Calcutta medical institutions reports 1892-1900
Year: 1892
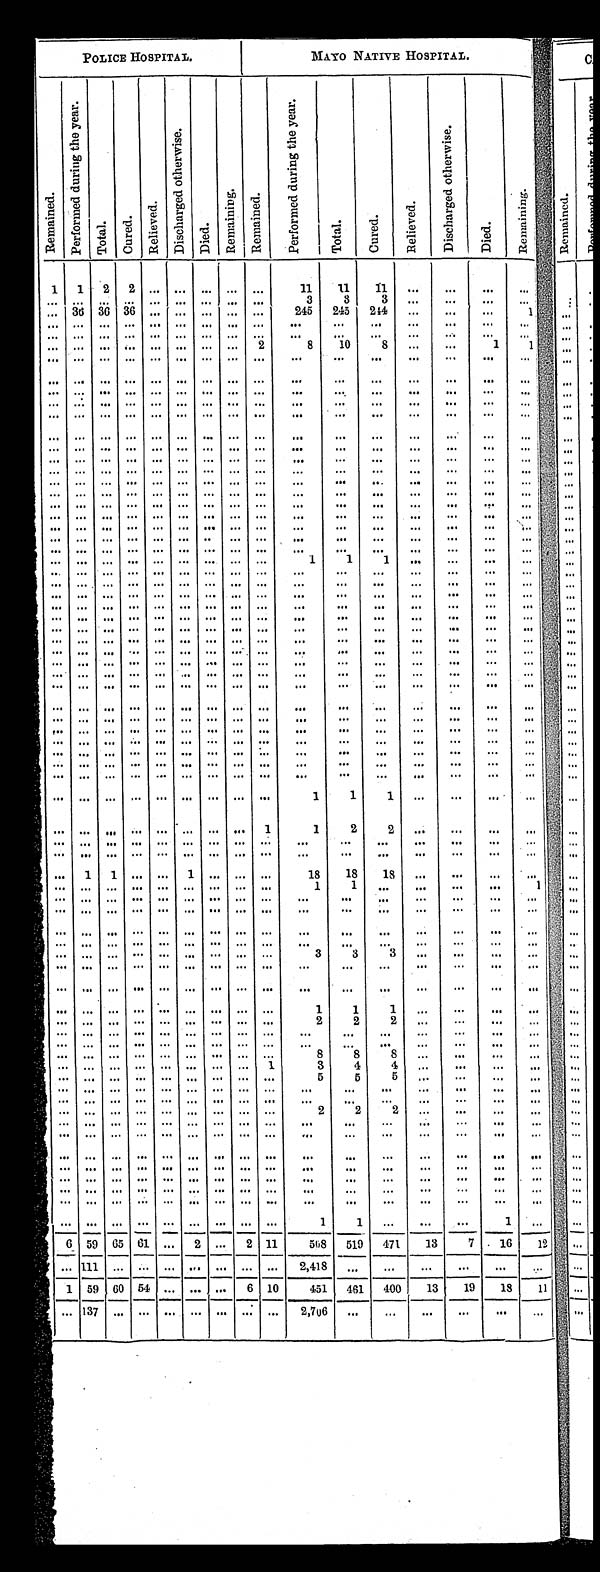
POLICE HOSPITAL.
M A Y O N A T I V E 4 H O S P I T A L .
R e m a i n e d .
P e r f o r m e d d u r i n g t h e y e a r .
T o t a l . C u r e d .
R e l i e v e d .
D i s c h a r e g e d o t h e r r w i s e .
D i e d .
R e m a i n i n g . R e m a i n e d .
P e r f o r m e d d u r i n g t h e y e a r .
T o t a l .
C u r e d .
R e l i e v e d .
D i s c h a r e g e d o t h e r w i s e .
D i e d .
R e ma i n i n g .
1 1 2 2
1 1
1 1
1 1
3
3
3
3 6 3 6 3 6
2 4 5 2 4 5 2 4 4
1
2
8
1 0 8
1
1 1
1
1
1
1
1
2
2
1 1
1
1 8
1 8
1 8
3
3
3
1
1
1
2
2
2
8
8
8
1
3
4
4
5
5
5
2
2
2
1
1
1
6 5 9 6 5 6 1 2
2 1 1
5 0 8 5 1 9 4 7 1
1 3
7
1 6 1 2
1 1 1
2,418
1
5 9
1 3 7
6 0 5 4
6 1 0
451
2,706
4 6 1
40013 19 18 11